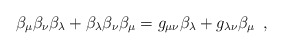
\begin{align*}\beta_{\mu} \beta_{\nu} \beta_{\lambda}+\beta_{\lambda} \beta_{\nu} \beta_{\mu}=g_{\mu \nu} \beta_{\lambda}+g_{\lambda \nu} \beta_{\mu} \,\,\,,\end{align*}